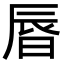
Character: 㫳